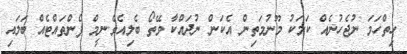
ހިތްހަމަ ނުޖެހުނެއް ކަމަކު މޫނުމަތިން އެކަން ނުދައްކާ ވޭތޯ ބެލިއެވެ.ނީމް ފެންތައްޓެއް ބަލައި